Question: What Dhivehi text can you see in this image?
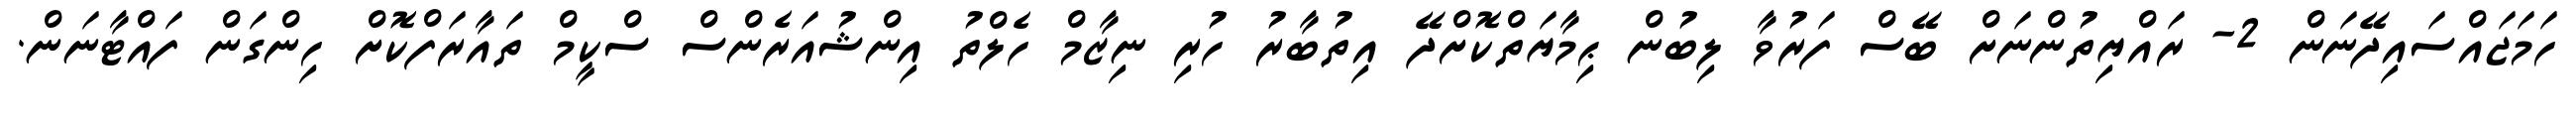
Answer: ހަމަޖައްސައިދޭނަން 2- ރައްޔިތުންނަށް ބޭސް ފަރުވާ ލިބުން ޙިމާޔަތްކޮށްދޭ އިތުބާރު ހުރި ނިޒާމް ހެލްތު އިންޝުއަރެންސް ސްކީމް ތައާރަފްކޮށް ހިންގަން ފައްޓާނަން.